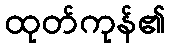
ထုတ်ကုန်၏